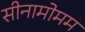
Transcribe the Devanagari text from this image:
सीनामोमम